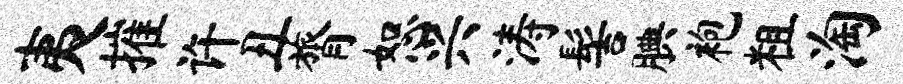
夷摧许丑膂恕兴涛髻腆袍粗淘